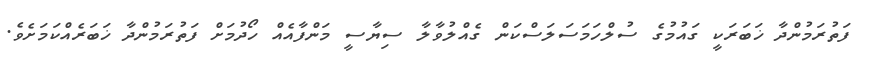
ފަތުރަމުންދާ ޚަބަރަކީ ގައުމުގެ ސުލްހަމަސަލަސްކަން ގެއްލުވާލާ ސިޔާސީ މަންފާއެއް ހޯދުމަށް ފަތުރަމުންދާ ޚަބަރެއްކަމަށެވެ.